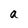
Character: a